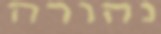
נהורה